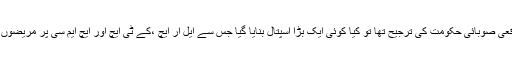
اگر صحت کا شعبہ واقعی صوبائی حکومت کی ترجیح تھا تو کیا کوئی ایک بڑا اسپتال بنایا گیا جس سے ایل آر ایچ ،کے ٹی ایچ اور ایچ ایم سی پر مریضوں کا دبائو کم ہو سکے ؟